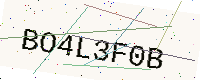
Text: BO4L3F0B